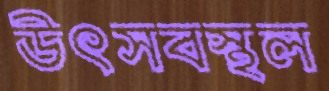
উৎসবস্থল